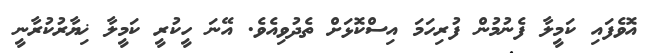
އޮވެފައި ކަމީލާ ފެނުމުން ފުރިހަމަ އިސްކޮޅަށް ތެދުވިއެވެ. އޭނަ ހީކުރީ ކަމީލާ ޚިޔާރުކުރާނީ